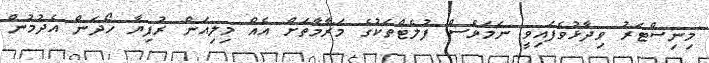
މިނިސްޓަރު ވިދާޅުވެފައިވީ ނަމަވެސް ފުލެޓްތަކުގެ މަރާމާތަށް އެއް މިލިއަން ރުފިޔާ ހޯދަން އެދުމުން